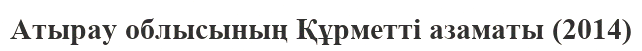
Атырау облысының Құрметті азаматы (2014)